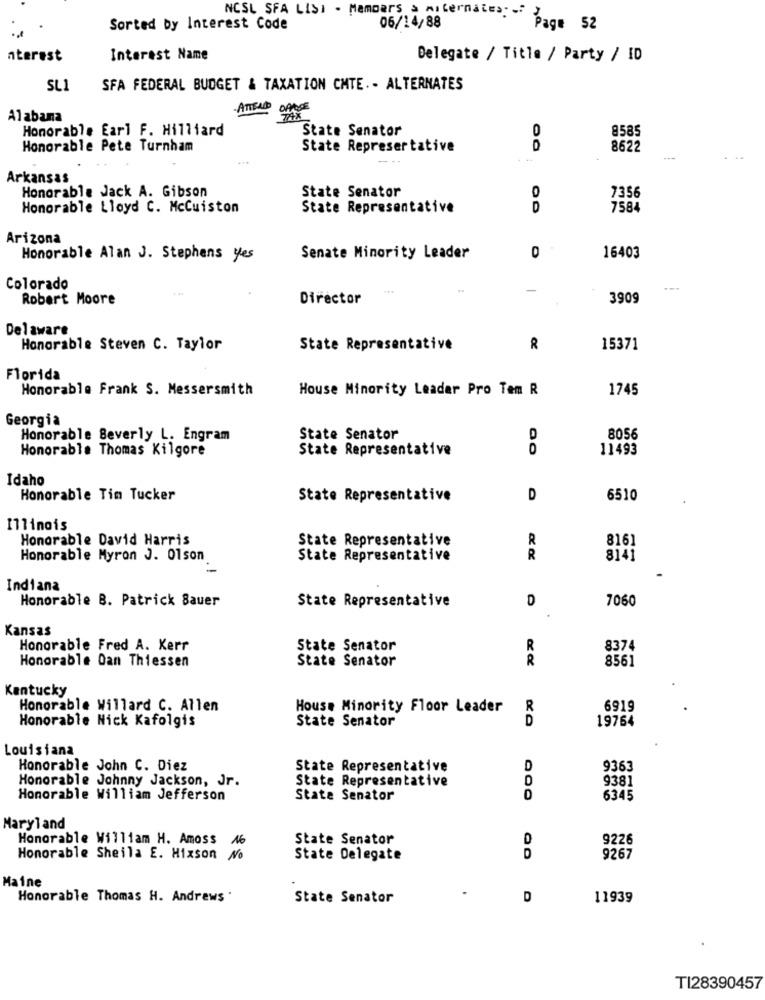
Sorted by Interest Code
NCSL SFA LISI . Members > miternates :- Page 52
06/14/88
nterest
Interest Name
Delegate / Title / Party / ID
SLI
SFA FEDERAL BUDGET & TAXATION CHTE .- ALTERNATES
ATTENDO GRACE
Alabana
Honorable Earl F. Hilliard
State Senator
0
8585
Honorable Pete Turnham
State Representative
D
8622
Arkansas
Honorable Jack A. Gibson
State Senator
7356
0
Honorable Lloyd C. McCuiston
State Representative
D
7584
Arizona
Honorable Alan J. Stephens yes
Senate Minority Leader
0
16403
Colorado
-
---
Robert Moore
Director
3909
Delaware
Honorable Steven C. Taylor
State Representative
R
15371
Florida
Honorable Frank S. Messersmith
House Minority Leader Pro Tem R
1745
Georgia
Honorable Beverly L. Engram
State Senator
8056
Honorable Thomas Kilgore
State Representative
0
11493
Idaho
Honorable Tim Tucker
State Representative
D
6510
Illinois
Honorable David Harris
State Representative
R
8161
Honorable Myron J. 01son
State Representative
R
8141
Indiana
Honorable B. Patrick Sauer
State Representative
D
7060
Kansas
Honorable Fred A. Kerr
State Senator
R
8374
Honorable Dan Thiessen
State Senator
8561
Kentucky
Honorable Willard C. Allen
House Minority Floor Leader
R
6919
Honorable Nick Kafolgis
State Senator
D
19764
Louisiana
Honorable John C. Diez
State Representative
D
9363
Honorable Johnny Jackson, Jr.
State Representative
D
9381
Honorable William Jefferson
State Senator
D
6345
Maryland
Honorable William H. Amoss No
State Senator
D
9226
Honorable Sheila E. Hixson
No
State Delegate
D
9267
Maine
Honorable Thomas H. Andrews .
State Senator
D
11939
TI28390457